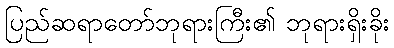
ပြည်ဆရာတော်ဘုရားကြီး၏ ဘုရားရှိးခိုး